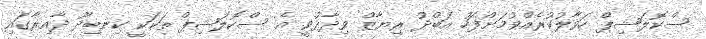
ސްކޮލަޝިޕް ހަވާލުކުރެއްވުމަށްފަހު އަބްދު ރިޔާޒް ވިދާޅުވީ އެ ސްކޮލަޝިޕް ތަކަކީ ކިނބިދޫ ދާއިރާގައި